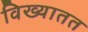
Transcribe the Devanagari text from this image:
विख्यातत